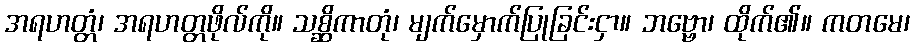
အရဟတ္တံ၊ အရဟတ္တဖိုလ်ကို။ သစ္ဆိကာတုံ၊ မျက်မှောက်ပြုခြင်းငှာ။ ဘဗ္ဗော၊ ထိုက်၏။ ကတမေ၊